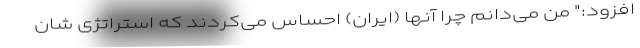
افزود:" من می‌دانم چرا آنها (ایران) احساس می‌کردند که استراتژی شان